Indian journal of veterinary science and animal husbandry - Volume 11,
Year: 1941
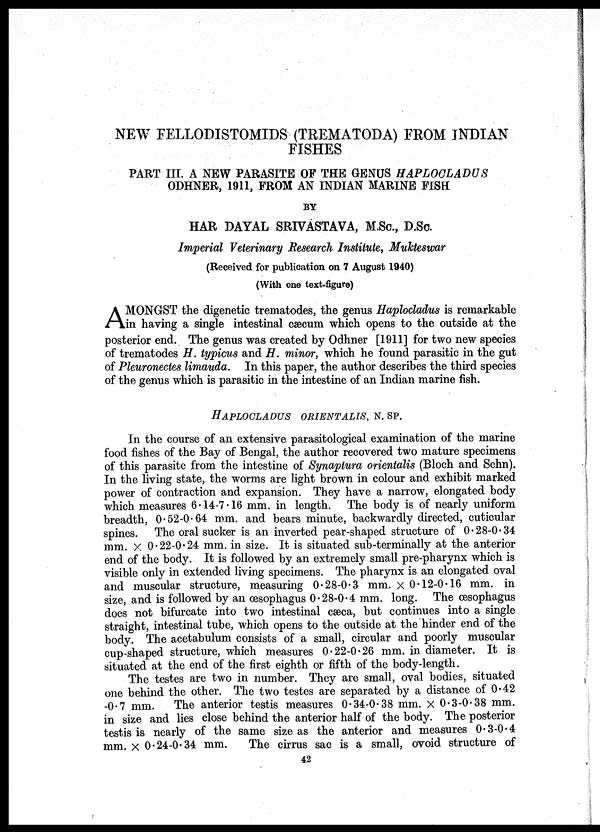
NEW FELLODISTOMIDS (TREMATODA) FROM INDIAN
FISHES
PART III. A NEW PARASITE OF THE GENUS HAPLOCLADUS
ODHNER, 1911, FROM AN INDIAN MARINE FISH
BY
HAR DAYAL SRIVASTAVA, M. Sc. , D. Sc.
Imperi
(Received for publication on 7 August 1940)
(With one text-figure)
A MONGST the digenetic trematodes, the genus Haplocladus is remarkable
in having a single intestinal cæcum which opens to the outside at the
posterior end. The genus was created by Odhner [1911] for two new species
of trematodes H. typicus and H. minor, which he found parasitic in the gut
of Pleuronectes limauda. In this paper, the author describes the third species
of the genus which is parasitic in the intestine of an Indian marine fish.
HAPLOCLADUS ORIENTALIS, N. SP.
In the course of an extensive parasitological examination of the marine
food fishes of the Bay of Bengal, the author recovered two mature specimens
of this parasite from the intestine of Synaptura orientalis (Bloch and Schn).
In the living state, the worms are light brown in colour and exhibit marked
power of contraction and expansion. They have a narrow, elongated body
which measures 6.14-7.16 mm. in length. The body is of nearly uniform
breadth, 0.52-0.64 mm. and bears minute, backwardly directed, cuticular
spines. The oral sucker is an inverted pear-shaped structure of 0.28-0.34
mm. × 0.22-0.24 mm. in size. It is situated sub-terminally at the anterior
end of the body. It is followed by an extremely small pre-pharynx which is
visible only in extended living specimens. The pharynx is an elongated oval
and muscular structure, measuring 0.28-0.3 mm. × 0.12-0.16 mm. in
size, and is followed by an œsophagus 0.28-0.4 mm. long. The œsophagus
does not bifurcate into two intestinal cæca, but continues into a single
straight, intestinal tube, which opens to the outside at the hinder end of the
body. The acetabulum consists of a small, circular and poorly muscular
cup-shaped structure, which measures 0.22-0.26 mm. in diameter. It is
situated at the end of the first eighth or fifth of the body-length.
The testes are two in number. They are small, oval bodies, situated
one behind the other. The two testes are separated by a distance of 0.42
-0.7 mm. The anterior testis measures 0.34-0.38 mm. × 0.3-0.38 mm.
in size and lies close behind the anterior half of the body. The posterior
testis is nearly of the same size as the anterior and measures 0.3-0.4
mm. × 0.24-0.34 mm. The cirrus sac is a small, ovoid structure of
42